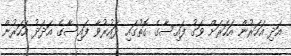
އަދި އަހަރުން އަހަރަށް ވަގު ފައިސާގެ ގޮތުގައި ދައުރުވާ ފައިސާގެ އަދަދު އަހަރުން